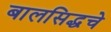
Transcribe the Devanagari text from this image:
बालसिद्धचे